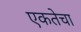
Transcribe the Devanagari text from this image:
एकतेचा